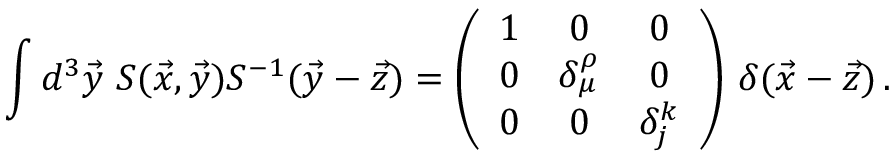
\int d ^ { 3 } \vec { y } \, \, S ( \vec { x } , \vec { y } ) S ^ { - 1 } ( \vec { y } - \vec { z } ) = \left( \begin{array} { c c c } { { 1 } } & { { 0 } } & { { 0 } } \\ { { 0 } } & { { \delta _ { \mu } ^ { \rho } } } & { { 0 } } \\ { { 0 } } & { { 0 } } & { { \delta _ { j } ^ { k } } } \end{array} \right) \, \delta ( \vec { x } - \vec { z } ) \, .